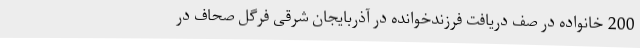
200 خانواده در صف دریافت فرزندخوانده در آذربایجان شرقی فرگل صحاف در